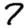
Digit: 7